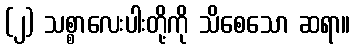
(၂) သစ္စာလေးပါးတို့ကို သိစေသော ဆရာ။